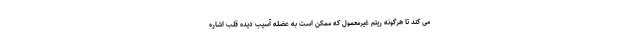
می کند تا هرگونه ریتم غیرمعمول که ممکن است به عضله آسیب دیده قلب اشاره